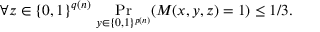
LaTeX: \forall z \in \{ 0 , 1 \} ^ { q ( n ) } \, \Pr _ { y \in \{ 0 , 1 \} ^ { p ( n ) } } ( M ( x , y , z ) = 1 ) \leq 1 / 3 .